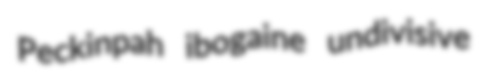
Peckinpah ibogaine undivisive